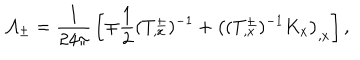
LaTeX: { \cal A } _ { \pm } = { \frac { 1 } { 2 4 \pi } } \left[ \mp { \frac { 1 } { 2 } } ( T _ { , x } ^ { \pm } ) ^ { - 1 } + \left( ( T _ { , x } ^ { \pm } ) ^ { - 1 } K _ { x } \right) _ { , x } \right] ,